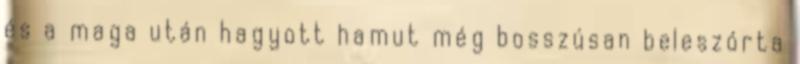
és a maga után hagyott hamut még bosszúsan beleszórta